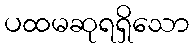
ပထမဆုရရှိသော